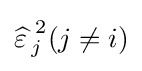
{\widehat {\varepsilon \,}}_{j}^{\,2}(j\neq i)